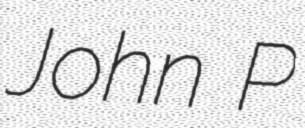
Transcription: John P